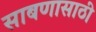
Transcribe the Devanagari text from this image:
साबणासाठी